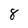
Character: 8